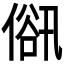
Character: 𠌋